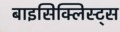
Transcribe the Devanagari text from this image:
बाइसिक्लिस्ट्स